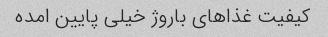
کیفیت غذاهای باروژ خیلی پایین امده